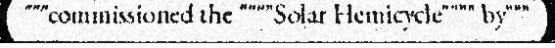
"""commissioned the """"Solar Hemicycle"""" by"""